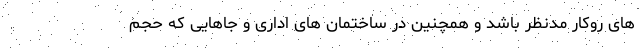
های روکار مدنظر باشد و همچنین در ساختمان های اداری و جاهایی که حجم